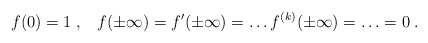
\begin{align*}f(0)= 1 \;, \;\;\; f(\pm \infty) = f'(\pm \infty) = \ldots f^{(k)} (\pm \infty) = \ldots = 0 \;.\end{align*}